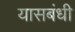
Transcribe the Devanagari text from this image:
यासबंधी